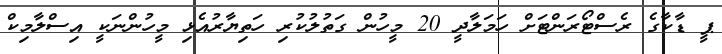
ޕީ ޑާކާގެ ރެސްޓޯރަންޓަށް ހަމަލާދީ 20 މީހުން ގަތުލުކުރި ހަތިޔާރުއެޅި މީހުންނަކީ އިސްލާމިކް